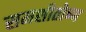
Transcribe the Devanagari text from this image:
समशीतोष्‍ण